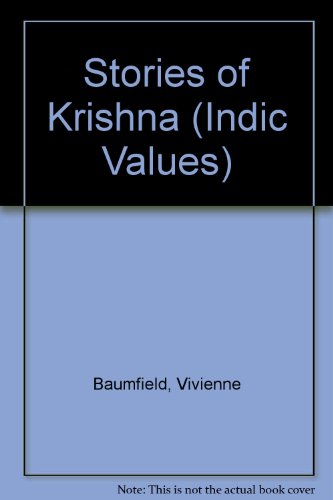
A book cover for Stories of Krishna (Indic Values); Vivienne Baumfield; Children's Books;